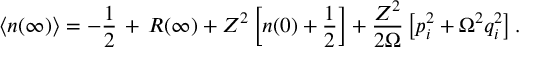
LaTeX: \left< n ( \infty ) \right> = - \frac { 1 } { 2 } \, + \, { \cal R } ( \infty ) + { Z ^ { 2 } } \left[ n ( 0 ) + \frac { 1 } { 2 } \right] + \frac { Z ^ { 2 } } { 2 \Omega } \left[ { p _ { i } ^ { 2 } } + \Omega ^ { 2 } q _ { i } ^ { 2 } \right] .